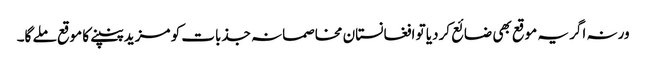
ورنہ اگر یہ موقع بھی ضائع کردیا تو افغانستان مخاصمانہ جذبات کو مزید پنپنے کا موقع ملے گا۔